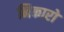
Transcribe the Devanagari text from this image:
निकारो